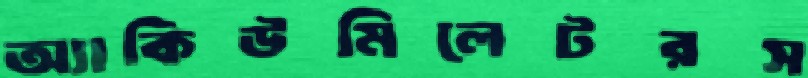
অ্যাকিউমিলেটরস